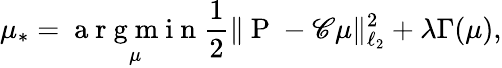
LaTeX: \mu_{*}=\underset{\mu}{\mathrm{~a~r~g~m~i~n~}}\frac 12\| \mathrm{~P~}-{\mathscr C}\mu\| _{\ell_{2}}^{2}+\lambda\Gamma(\mu),